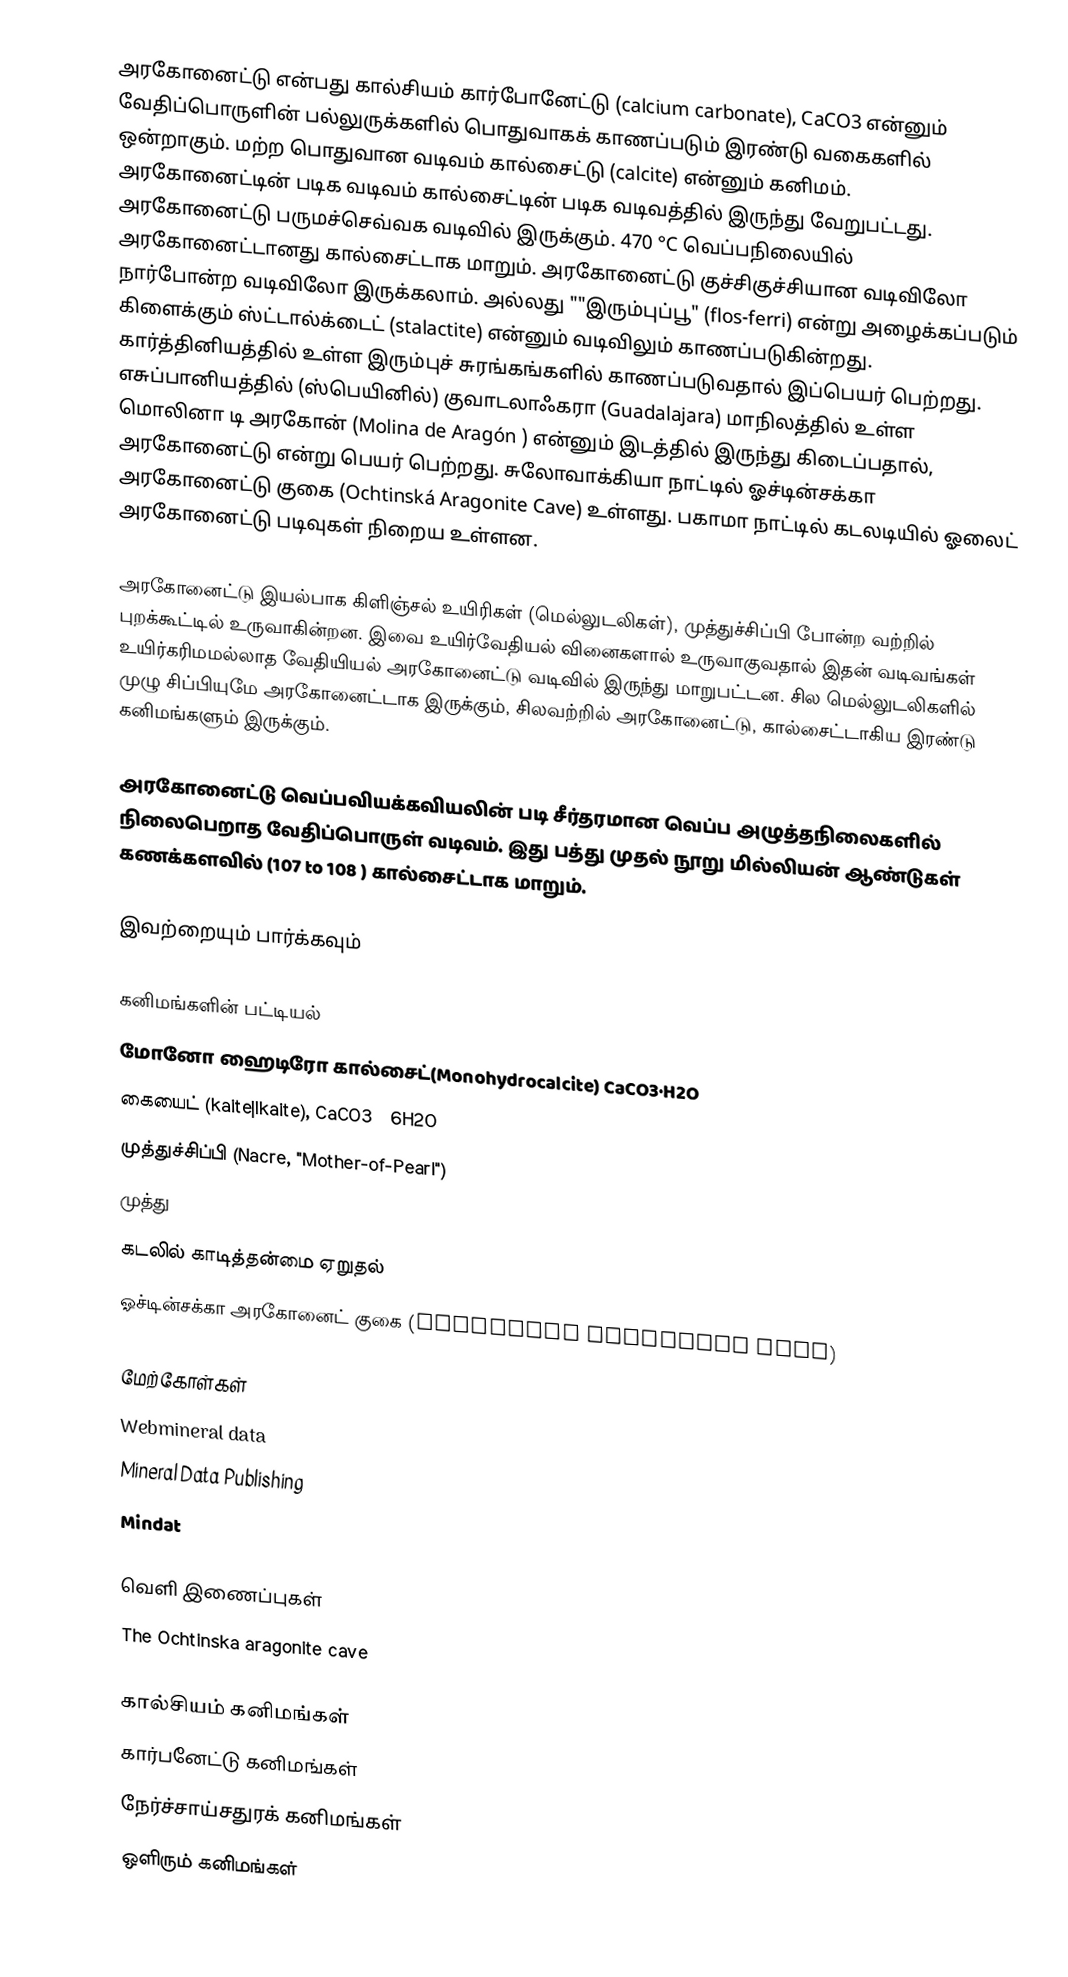
அரகோனைட்டு என்பது கால்சியம் கார்போனேட்டு (calcium carbonate), CaCO3 என்னும் வேதிப்பொருளின் பல்லுருக்களில் பொதுவாகக் காணப்படும் இரண்டு வகைகளில் ஒன்றாகும். மற்ற பொதுவான வடிவம் கால்சைட்டு (calcite) என்னும் கனிமம். அரகோனைட்டின் படிக வடிவம் கால்சைட்டின் படிக வடிவத்தில் இருந்து வேறுபட்டது. அரகோனைட்டு பருமச்செவ்வக வடிவில் இருக்கும். 470 °C வெப்பநிலையில் அரகோனைட்டானது கால்சைட்டாக மாறும். அரகோனைட்டு குச்சிகுச்சியான வடிவிலோ நார்போன்ற வடிவிலோ இருக்கலாம். அல்லது ""இரும்புப்பூ" (flos-ferri) என்று அழைக்கப்படும் கிளைக்கும் ஸ்ட்டால்க்டைட் (stalactite) என்னும் வடிவிலும் காணப்படுகின்றது. கார்த்தினியத்தில் உள்ள இரும்புச் சுரங்கங்களில் காணப்படுவதால் இப்பெயர் பெற்றது. எசுப்பானியத்தில் (ஸ்பெயினில்) குவாடலாஃகரா (Guadalajara) மாநிலத்தில் உள்ள மொலினா டி அரகோன் (Molina de Aragón ) என்னும் இடத்தில் இருந்து கிடைப்பதால், அரகோனைட்டு என்று பெயர் பெற்றது. சுலோவாக்கியா நாட்டில் ஓச்டின்சக்கா அரகோனைட்டு குகை (Ochtinská Aragonite Cave) உள்ளது. பகாமா நாட்டில் கடலடியில் ஓலைட் அரகோனைட்டு படிவுகள் நிறைய உள்ளன.

அரகோனைட்டு இயல்பாக கிளிஞ்சல் உயிரிகள் (மெல்லுடலிகள்), முத்துச்சிப்பி போன்ற வற்றில் புறக்கூட்டில் உருவாகின்றன. இவை உயிர்வேதியல் வினைகளால் உருவாகுவதால் இதன் வடிவங்கள் உயிர்கரிமமல்லாத வேதியியல் அரகோனைட்டு வடிவில் இருந்து மாறுபட்டன. சில மெல்லுடலிகளில் முழு சிப்பியுமே அரகோனைட்டாக இருக்கும், சிலவற்றில் அரகோனைட்டு, கால்சைட்டாகிய இரண்டு கனிமங்களும் இருக்கும்.

அரகோனைட்டு வெப்பவியக்கவியலின் படி சீர்தரமான வெப்ப அழுத்தநிலைகளில் நிலைபெறாத வேதிப்பொருள் வடிவம். இது பத்து முதல் நூறு மில்லியன் ஆண்டுகள் கணக்களவில் (107 to 108 )  கால்சைட்டாக மாறும்.

இவற்றையும் பார்க்கவும்

 கனிமங்களின் பட்டியல்
 மோனோ ஹைடிரோ கால்சைட்(Monohydrocalcite) CaCO3·H2O
 கையைட் (kaite|Ikaite), CaCO3·6H2O
 முத்துச்சிப்பி (Nacre, "Mother-of-Pearl")
 முத்து
 கடலில் காடித்தன்மை ஏறுதல்
 ஓச்டின்சக்கா அரகோனைட் குகை (Ochtinská Aragonite Cave)

மேற்கோள்கள்
 Webmineral data
 Mineral Data Publishing
 Mindat

வெளி இணைப்புகள்
 The Ochtinska aragonite cave

கால்சியம் கனிமங்கள்
கார்பனேட்டு கனிமங்கள்
நேர்ச்சாய்சதுரக் கனிமங்கள்
ஒளிரும் கனிமங்கள்